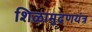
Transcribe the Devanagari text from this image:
शिळामुदणयंत्र